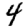
Digit: 4